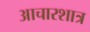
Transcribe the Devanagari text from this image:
आचारशात्र